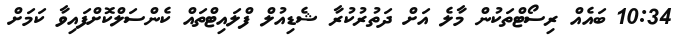
10:34 ބައެއް ރިސޯޓްތަކުން މާލެ އަށް ދަތުރުކުރާ ޝެޑިއުލް ފްލައިޓްތައް ކެންސަލްކޮށްފައިވާ ކަމަށް